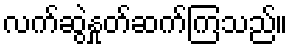
လက်ဆွဲနှုတ်ဆက်ကြသည်။